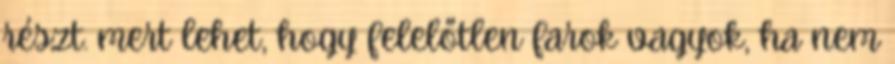
részt. mert lehet, hogy felelőtlen farok vagyok, ha nem